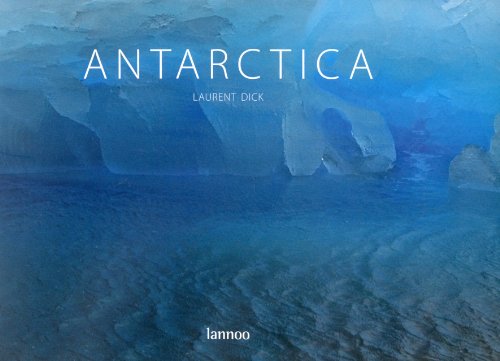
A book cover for Antarctica: The Last Continent; Laurent Dick; History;